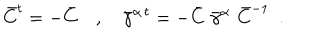
{ \bar { C } } ^ { t } = - { \bar { C } } ~ , ~ { { \bar { \gamma } } ^ { \alpha \, t } } = - { \bar { C } } \, \, { \bar { \gamma } } ^ { \alpha } \, \, { \bar { C } } ^ { - 1 } ~ ~ .